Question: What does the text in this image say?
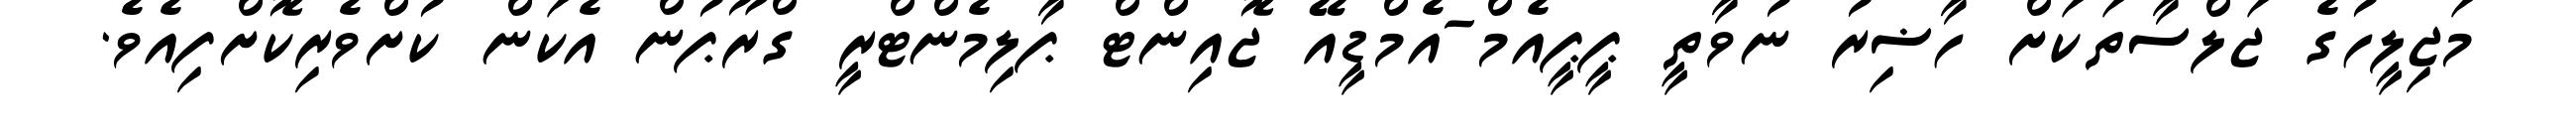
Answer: މަޖިލީހުގެ ޖަލްސާތަކަށް ހާޟިރު ނުވާތީ ޕީޕީއެމް-އެމްޑީއޭ ޖޮއިންޓް ޕާލިމެންޓްރީ ގްރޫޕުން އެކަން ކުށްވެރިކޮށްފިއެވެ.